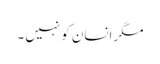
مگر انسان کو نہیں ۔